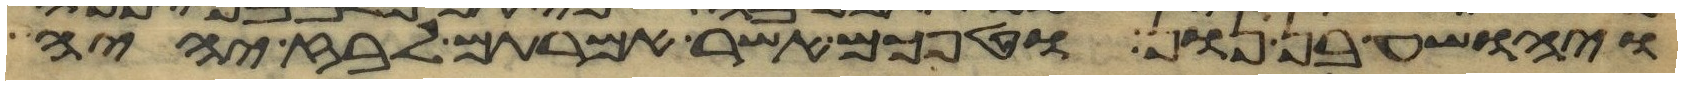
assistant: ויהושע בן נון וטפכם אשר אמרתם לבוז יהיה